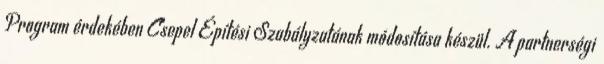
Program érdekében Csepel Építési Szabályzatának módosítása készül. A partnerségi